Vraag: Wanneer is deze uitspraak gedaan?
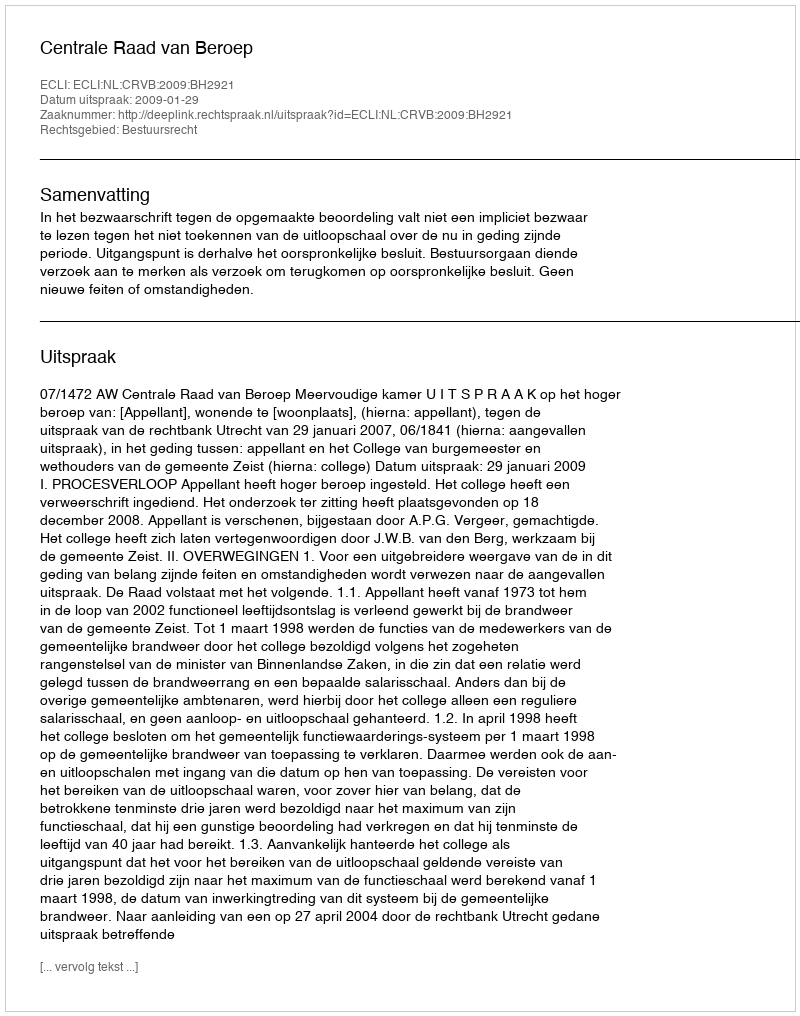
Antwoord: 2009-01-29